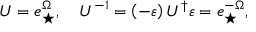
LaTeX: U = e _ { \star } ^ { \Omega } , \quad U ^ { - 1 } = \left( - \varepsilon \right) U ^ { \dagger } \varepsilon = e _ { \star } ^ { - \Omega } ,